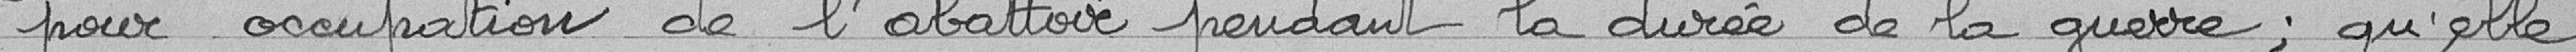
pour occupation de l'abattoir pendant la durée de la guerre; qu'elle